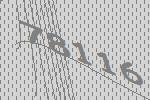
78116